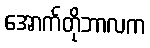
အောက်တိုဘာလက